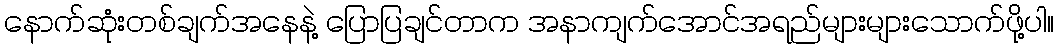
နောက်ဆုံးတစ်ချက်အနေနဲ့ ပြောပြချင်တာက အနာကျက်အောင်အရည်များများသောက်ဖို့ပါ။